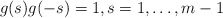
\begin{align*}g(s)g(-s)=1,s=1,\dots,m-1\end{align*}